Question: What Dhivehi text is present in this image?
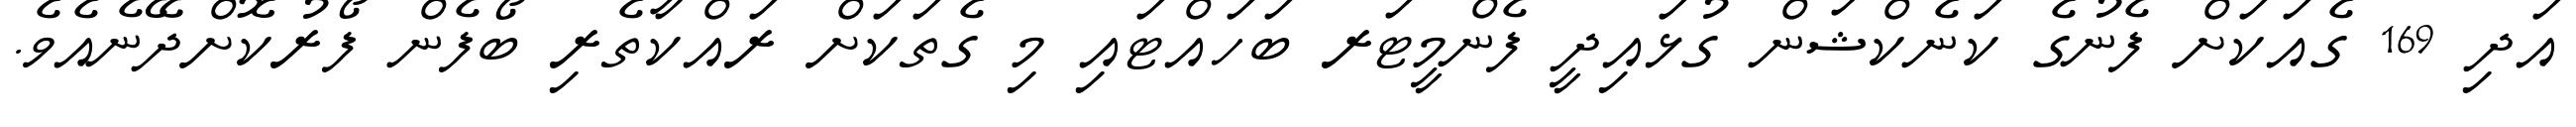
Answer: އަދި 169 ގެއަކަށް ފެނުގެ ކަނެކްޝަން ގުޅައިދީ ފެންމީޓަރ ބަހައްޓައި މި ގެތަކަށް ރައްކާތެރި ބޯފެން ފޯރުކޮށްދޭނެއެވެ.